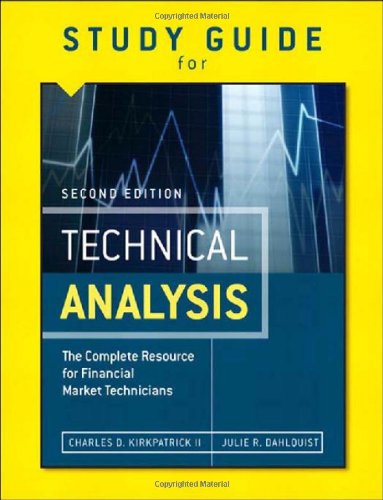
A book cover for Study Guide for the Second Edition of Technical Analysis: The Complete Resource for Financial Market Technicians; Charles D. Kirkpatrick II; Business & Money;